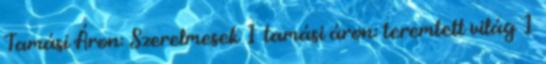
Tamási Áron: Szerelmesek 1 tamási áron: teremtett világ 1